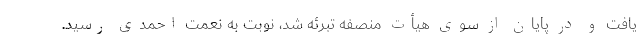
یافت و در پایان از سوی هیأت منصفه تبرئه شد، نوبت به نعمت احمدی رسید.